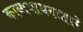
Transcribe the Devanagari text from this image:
काव्यगायनाद्वारे